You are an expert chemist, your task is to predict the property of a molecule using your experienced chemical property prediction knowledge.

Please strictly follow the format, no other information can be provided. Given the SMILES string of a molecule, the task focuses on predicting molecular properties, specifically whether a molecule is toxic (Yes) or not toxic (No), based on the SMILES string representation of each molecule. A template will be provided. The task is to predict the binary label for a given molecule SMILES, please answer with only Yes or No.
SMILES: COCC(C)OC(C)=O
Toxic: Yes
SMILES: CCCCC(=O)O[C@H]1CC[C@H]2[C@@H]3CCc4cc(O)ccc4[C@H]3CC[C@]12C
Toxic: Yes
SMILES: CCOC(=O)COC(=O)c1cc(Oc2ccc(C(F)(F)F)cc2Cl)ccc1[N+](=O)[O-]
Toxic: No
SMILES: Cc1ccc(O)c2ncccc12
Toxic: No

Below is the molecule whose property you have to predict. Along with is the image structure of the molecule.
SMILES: CC(Cl)(Cl)Cl
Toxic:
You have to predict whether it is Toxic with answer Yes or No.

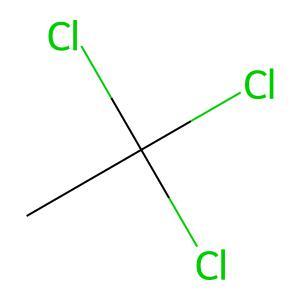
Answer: No